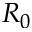
R _ { 0 }